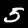
Digit: 5